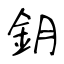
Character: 鈅